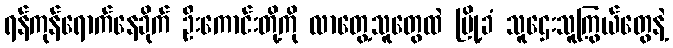
ရန်ကုန်ရောက်နေခိုက် ဦးကောင်းတို့ကို လာတွေ့သူတွေထဲ မြို့ခံ သူဌေးသူကြွယ်တွေနဲ့